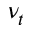
\nu _ { t }